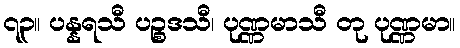
၇၃။ ပန္နရသီ ပဉ္စဒသီ၊ ပုဏ္ဏမာသီ တု ပုဏ္ဏမာ။